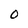
Character: O